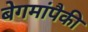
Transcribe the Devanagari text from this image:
बेगमांपैकी